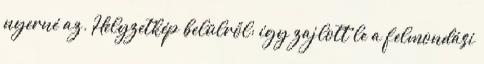
nyerné az. Helyzetkép belülről: így zajlott le a felmondási